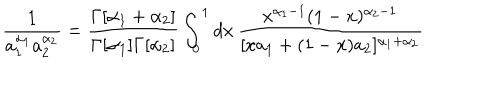
LaTeX: \frac { 1 } { a _ { 1 } ^ { \alpha _ { 1 } } a _ { 2 } ^ { \alpha _ { 2 } } } = \frac { \Gamma [ \alpha _ { 1 } + \alpha _ { 2 } ] } { \Gamma [ \alpha _ { 1 } ] \Gamma [ \alpha _ { 2 } ] } \int _ { 0 } ^ { 1 } d x \, \frac { x ^ { \alpha _ { 1 } - 1 } ( 1 - x ) ^ { \alpha _ { 2 } - 1 } } { [ x a _ { 1 } + ( 1 - x ) a _ { 2 } ] ^ { \alpha _ { 1 } + \alpha _ { 2 } } }